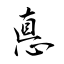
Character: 悳